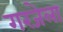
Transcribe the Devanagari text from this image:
गरजेला